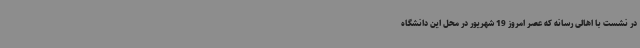
در نشست با اهالی رسانه که عصر امروز 19 شهریور در محل این دانشگاه